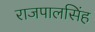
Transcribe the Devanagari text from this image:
राजपालसिंह